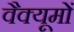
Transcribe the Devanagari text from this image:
वैक्यूमों